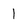
Character: l